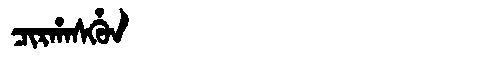
Manchu: ᠴᡳᡵᡥᠠᠰᡥᡠᠨ
Romanization: CIRHASHUN